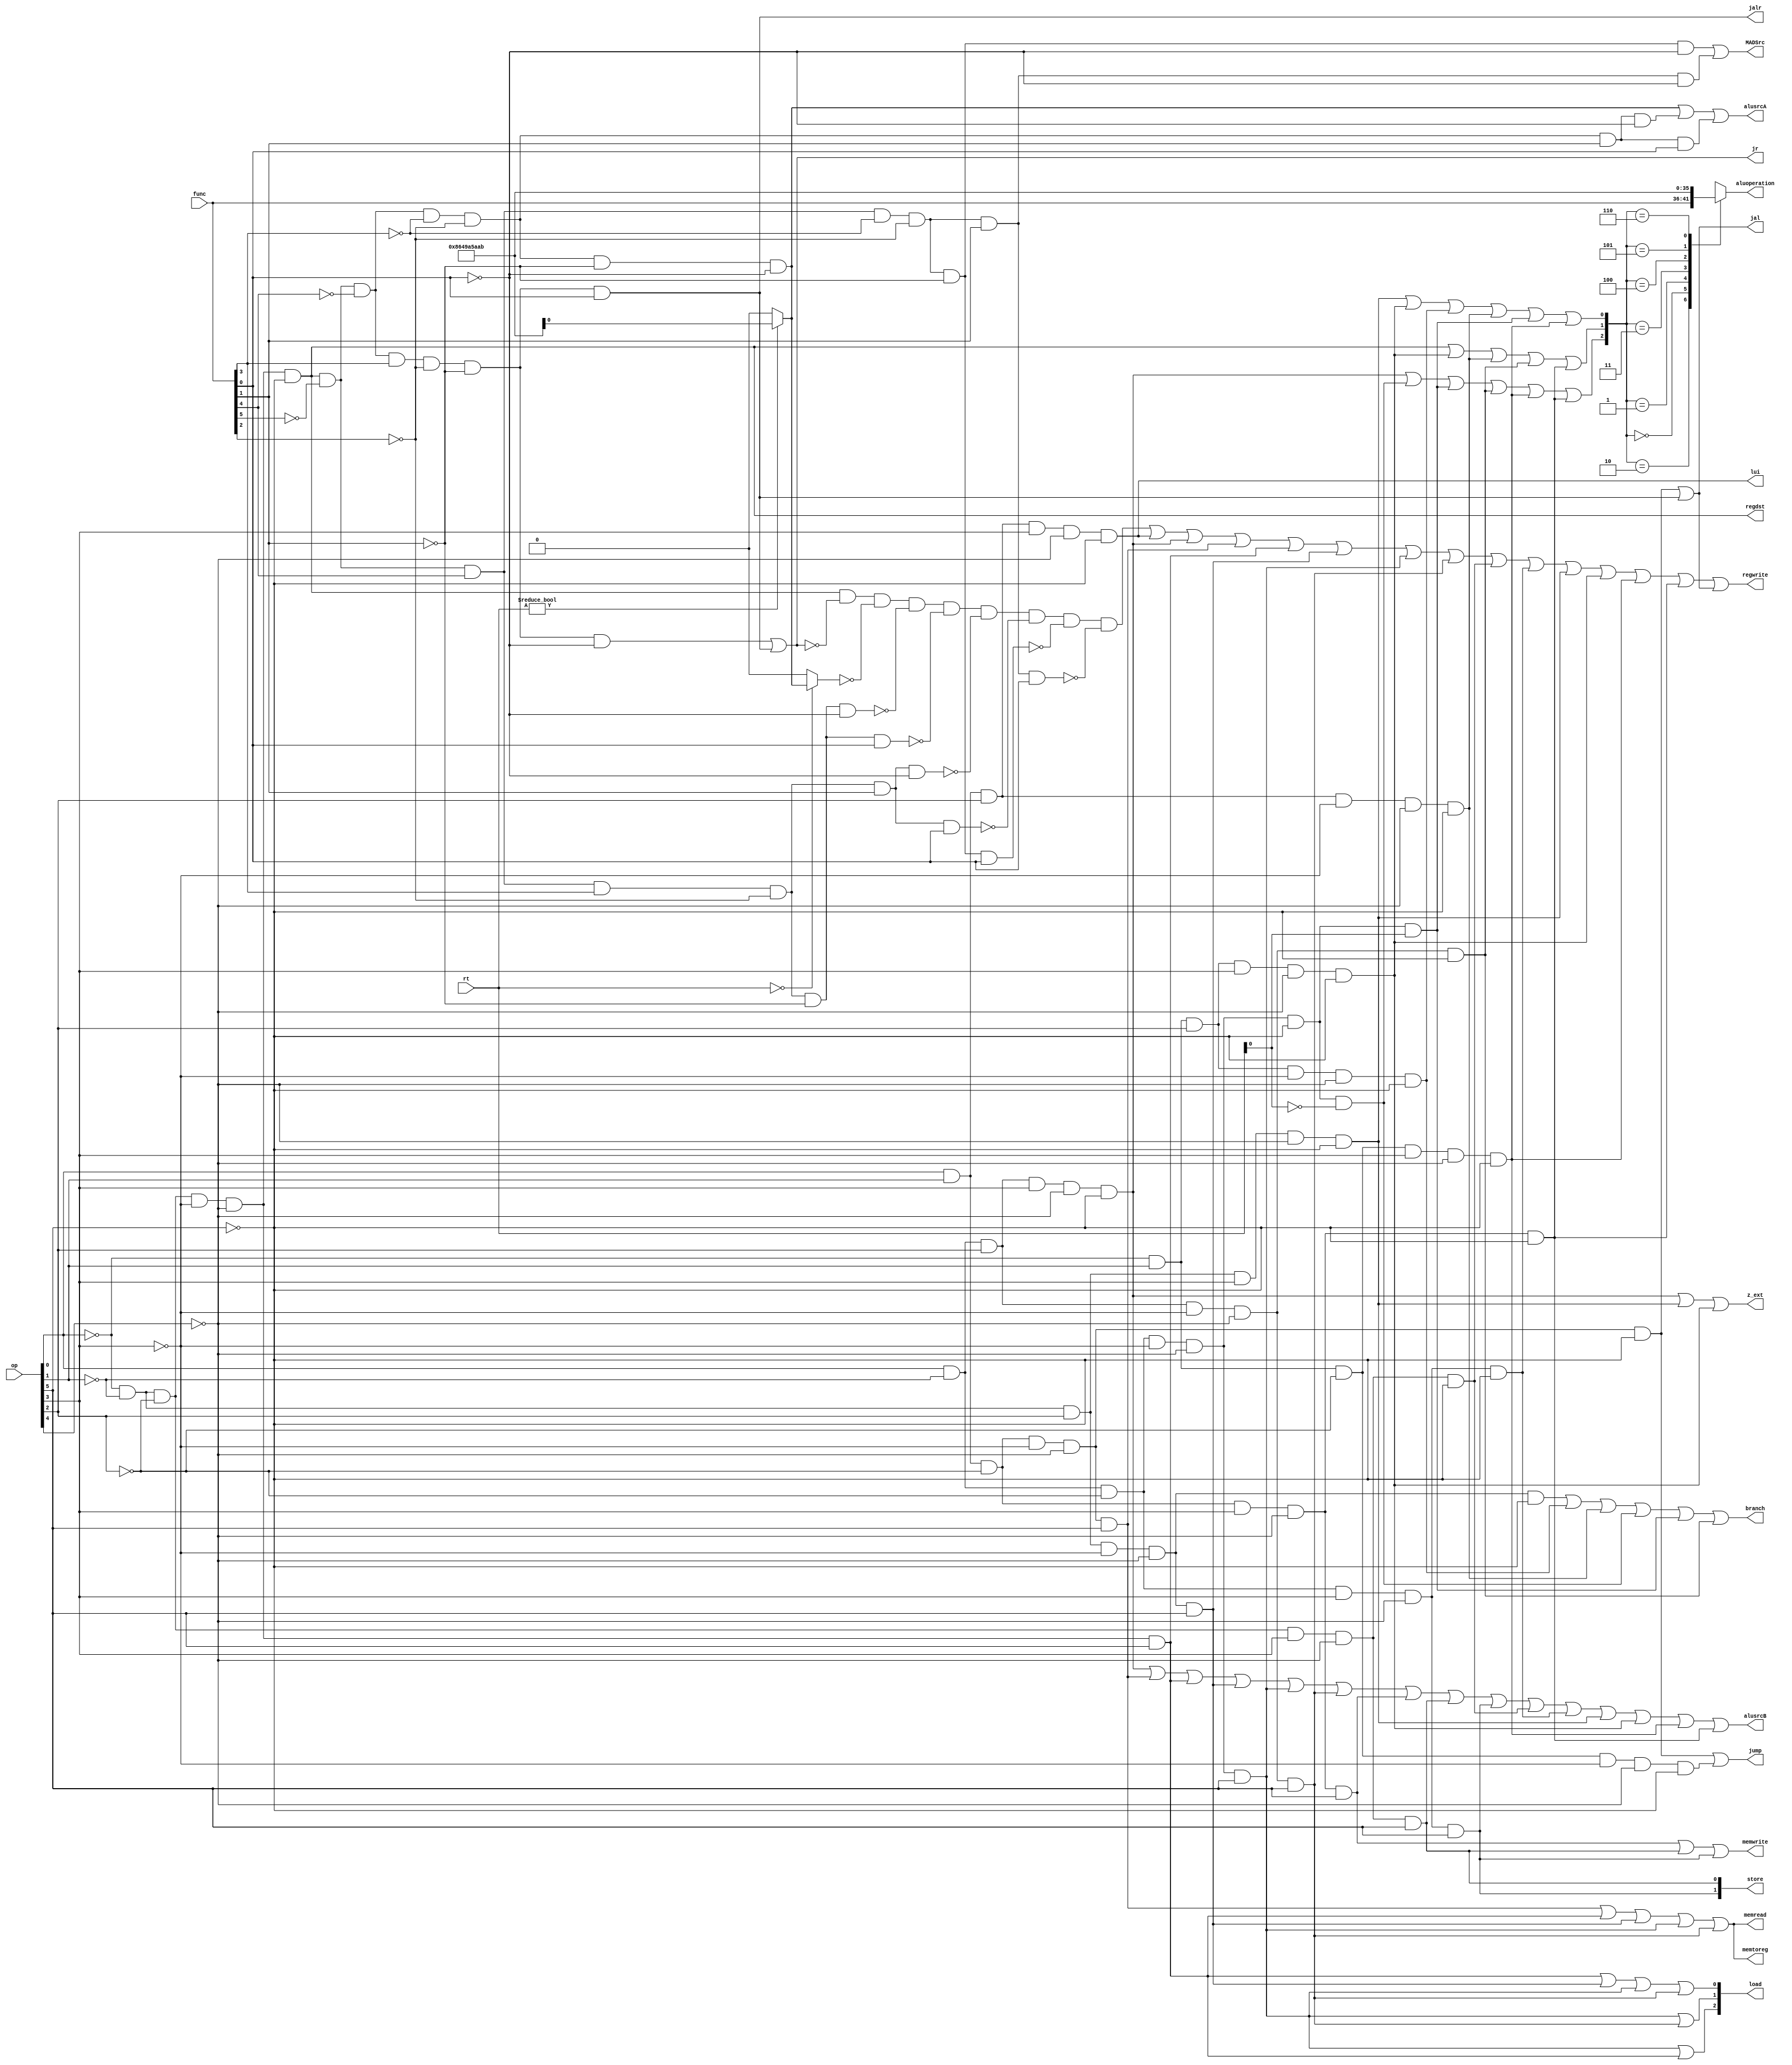
`timescale 1ns / 1ps
//////////////////////////////////////////////////////////////////////////////////
// Company: 
// Engineer: 
// 
// Design Name: 
// Module Name: ctrl
// Project Name: 
// Target Devices: 
// Tool Versions: 
// Description: 
// 
// Dependencies: 
// 
// Revision:
// Revision 0.01 - File Created
// Additional Comments:
// 
//////////////////////////////////////////////////////////////////////////////////


module ctrl(
    op,func,rt,regdst,alusrcA,alusrcB,memtoreg,regwrite,memread,memwrite,aluoperation,jump,jr,jal,lui,z_ext,branch,jalr,store,load,MADSrc
    );
    input [5:0] op,func;
    input [4:0] rt;
    output regdst,alusrcA,alusrcB,memtoreg,regwrite,memread,memwrite,jump,jr,jal,lui,z_ext,branch,jalr,MADSrc;
    output [1:0] store;
    output [2:0] load;
    output [5:0] aluoperation;
    wire [2:0] aluop;
    wire R,ori,lui,lw,lb,lbu,lh,lhu,sw,sb,sh,addi,addiu,andi,xori,beq,blez,bgtz,bltz,bgez,bne,slti,sltiu,j,nop_tmp,nop,jr_tmp,jal_tmp;
    wire mult,multu,div,divu,mthi,mtlo,mfhi,mflo;
    assign R=!op[0]&!op[1]&!op[2]&!op[3]&!op[4]&!op[5];
    assign lw=op[0]&op[1]&!op[2]&!op[3]&!op[4]&op[5];
    assign sw=op[0]&op[1]&!op[2]&op[3]&!op[4]&op[5];
    assign beq=!op[0]&!op[1]&op[2]&!op[3]&!op[4]&!op[5];
    assign jr_tmp=R&!func[5]&!func[4]&func[3]&!func[2]&!func[1]&!func[0];
    assign jal_tmp=op[0]&op[1]&!op[2]&!op[3]&!op[4]&!op[5];
    assign lui=op[0]&op[1]&op[2]&op[3]&!op[4]&!op[5];
    assign ori=op[0]&!op[1]&op[2]&op[3]&!op[4]&!op[5];
    assign j=!op[0]&op[1]&!op[2]&!op[3]&!op[4]&!op[5];
    assign nop_tmp=R&!func[5]&!func[4]&!func[3]&!func[2]&!func[1]&!func[0];

    assign lb=!op[0]&!op[1]&!op[2]&!op[3]&!op[4]&op[5];
    assign lbu=!op[0]&!op[1]&op[2]&!op[3]&!op[4]&op[5];
    assign lh=op[0]&!op[1]&!op[2]&!op[3]&!op[4]&op[5];
    assign lhu=op[0]&!op[1]&op[2]&!op[3]&!op[4]&op[5];
    assign sb=!op[0]&!op[1]&!op[2]&op[3]&!op[4]&op[5];
    assign sh=op[0]&!op[1]&!op[2]&op[3]&!op[4]&op[5];
    assign addi=!op[0]&!op[1]&!op[2]&op[3]&!op[4]&!op[5];
    assign addiu=op[0]&!op[1]&!op[2]&op[3]&!op[4]&!op[5];
    assign andi=!op[0]&!op[1]&op[2]&op[3]&!op[4]&!op[5];
    assign xori=!op[0]&op[1]&op[2]&op[3]&!op[4]&!op[5];
    assign blez=!op[0]&op[1]&op[2]&!op[3]&!op[4]&!op[5];
    assign bgtz=op[0]&op[1]&op[2]&!op[3]&!op[4]&!op[5];
    assign bltz=op[0]&!op[1]&!op[2]&!op[3]&!op[4]&!op[5]&!rt[0];
    assign bgez=op[0]&!op[1]&!op[2]&!op[3]&!op[4]&!op[5]&rt[0];
    assign bne=op[0]&!op[1]&op[2]&!op[3]&!op[4]&!op[5];
    assign slti=!op[0]&op[1]&!op[2]&op[3]&!op[4]&!op[5];
    assign sltiu=op[0]&op[1]&!op[2]&op[3]&!op[4]&!op[5];
    assign jalr=R&!func[5]&!func[4]&func[3]&!func[2]&!func[1]&func[0];
    
    wire sll,sll_tmp,srl,sra;
    assign sll=R&!func[5]&!func[4]&!func[3]&!func[2]&!func[1]&!func[0];
    assign srl=R&!func[5]&!func[4]&!func[3]&!func[2]&func[1]&!func[0];
    assign sra=R&!func[5]&!func[4]&!func[3]&!func[2]&func[1]&func[0];
    
    assign mult=R&!func[5]&func[4]&func[3]&!func[2]&!func[1]&!func[0];
    assign multu=R&!func[5]&func[4]&func[3]&!func[2]&!func[1]&func[0];
    assign div=R&!func[5]&func[4]&func[3]&!func[2]&func[1]&!func[0];
    assign divu=R&!func[5]&func[4]&func[3]&!func[2]&func[1]&func[0];
    assign mthi=R&!func[5]&func[4]&!func[3]&!func[2]&!func[1]&func[0];
    assign mtlo=R&!func[5]&func[4]&!func[3]&!func[2]&func[1]&func[0];
    assign mfhi=R&!func[5]&func[4]&!func[3]&!func[2]&!func[1]&!func[0];
    assign mflo=R&!func[5]&func[4]&!func[3]&!func[2]&func[1]&!func[0];
    
    assign nop=(rt==0)?nop_tmp:0;
    assign sll=(rt!=0)?sll_tmp:0; 
    
    assign jr=jr_tmp|jalr;
    assign jal=jal_tmp|jalr;
    assign jump=jal_tmp|j;
    assign memread=lw|lb|lbu|lh|lhu;
    assign regdst=R;
    assign alusrcA=sll|srl|sra;
    assign alusrcB=ori|lw|lb|lbu|lh|lhu|sw|sb|sh|addi|addiu|andi|xori|slti|sltiu;
    assign memtoreg=lw|lb|lbu|lh|lhu;
    assign regwrite=(R&!jr&!nop&!mult&!multu&!div&!divu&!mthi&!mtlo)|lui|ori|lw|lb|lbu|lh|lhu|addi|addiu|andi|xori|slti|sltiu|jal;
    assign memwrite=sw|sb|sh;
    assign aluop[2]=ori|bltz|bgez|bne|slti|sltiu;
    assign aluop[1]=R|xori|bgtz|bne|sltiu;
    assign aluop[0]=andi|xori|blez|bgtz|bgez|slti;
    assign z_ext=ori|andi|xori;
    assign branch=beq|blez|bgtz|bltz|bgez|bne;
    assign store[1]=sh;
    assign store[0]=sb;
    assign load[2]=lh|lb;
    assign load[1]=lh|lhu;
    assign load[0]=lb|lbu|lh|lhu;
    assign MADSrc=mfhi|                                                                                                   mflo;
    
    function [5:0] opt;
        input [2:0] aluop;
        input [5:0] func;
        case(aluop)
        3'b010:
            opt=func;
        3'b0:opt=6'b100001;
        3'b1:opt=6'b100100;
        3'b11:opt=6'b100110;
        3'b100:opt=6'b100101;
        3'b101:opt=6'b101010;
        3'b110:opt=6'b101011;
        
        endcase
    endfunction
    assign aluoperation=opt(aluop,func);
endmodule